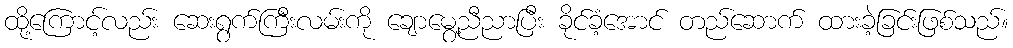
ထို့ကြောင့်လည်း ဆေးရွက်ကြီးလမ်းကို ချောမွေ့ညီညာပြီး ခိုင်ခံ့အောင် တည်ဆောက် ထားခဲ့ခြင်းဖြစ်သည်။